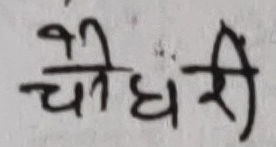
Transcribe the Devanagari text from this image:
चौधरी